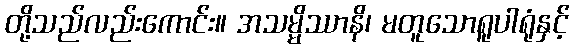
တို့သည်လည်းကောင်း။ အသမ္မိဿာနိ၊ မတူသောရူပါရုံနှင့်